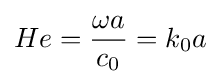
He={\frac {\omega a}{c_{0}}}=k_{0}a